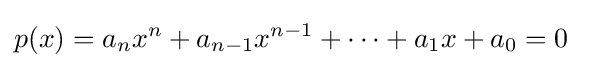
p(x)=a_{n}x^{n}+a_{n-1}x^{n-1}+\cdots +a_{1}x+a_{0}=0\;